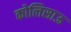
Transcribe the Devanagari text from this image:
कोलिसाऊ